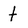
Character: t